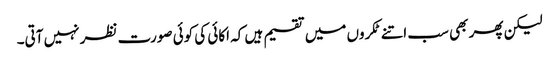
لیکن پھر بھی سب اتنے ٹکروں میں تقسیم ہیں کہ اکائی کی کوئی صورت نظر نہیں آتی۔